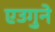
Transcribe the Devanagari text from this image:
एउगुने